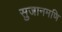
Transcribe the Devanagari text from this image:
सुजानमणि